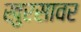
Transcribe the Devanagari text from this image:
खुरसावर